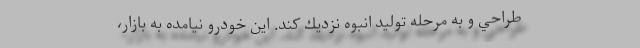
طراحي و به مرحله توليد انبوه نزديك كند. اين خودرو نيامده به بازار،